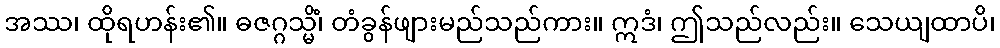
အဿ၊ ထိုရဟန်း၏။ ဓဇဂ္ဂသ္မိံ၊ တံခွန်ဖျားမည်သည်ကား။ ဣဒံ၊ ဤသည်လည်း။ သေယျထာပိ၊